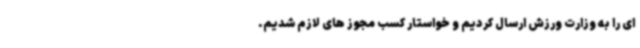
ای را به وزارت ورزش ارسال کردیم و خواستار کسب مجوز های لازم شدیم.